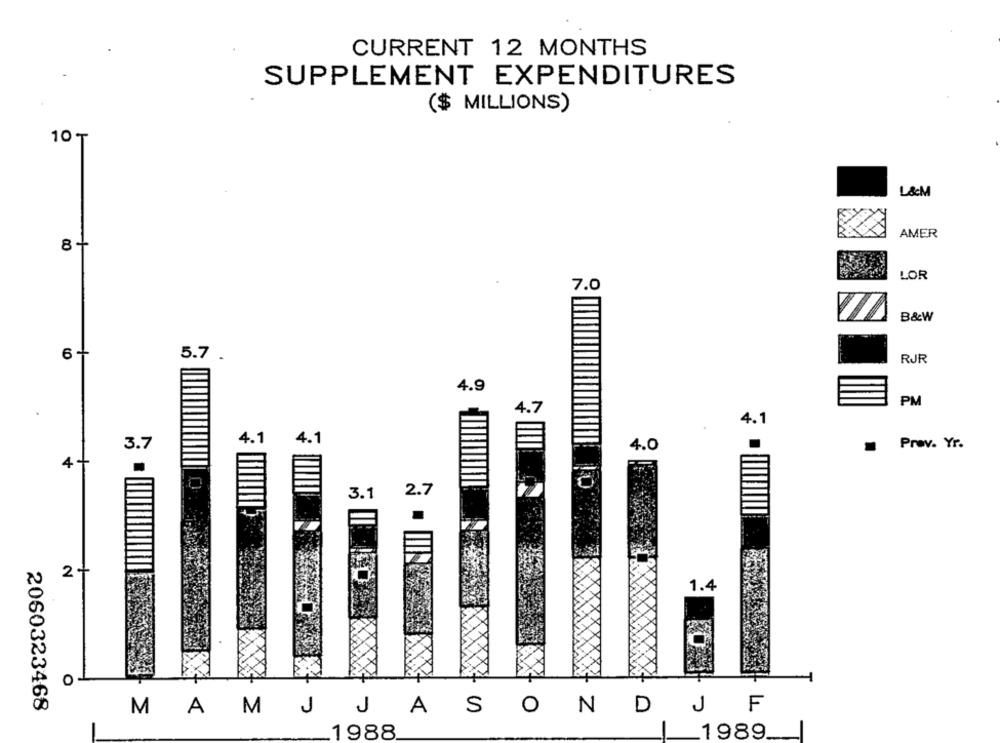
CURRENT 12 MONTHS
SUPPLEMENT EXPENDITURES
($ MILLIONS)
10₸
L&M
AMER
8+
LOR
7.0
B&W
6+
5.7 .
RJR
4.9
PM
1.7
4.1
4.1
3.7
4.1
4.0
Prov. Yr.
4-
2.7
3.1
2+
1.4
0
2060323468
MAM
J J
ASON
DJ F
_. 1988.
-1989.